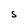
Character: S